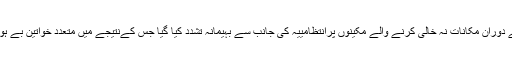
آپریشن کے دوران مکانات نہ خالی کرنے والے مکینوں پرانتظامییہ کی جانب سے بہیمانہ تشدد کیا گیا جس کےنتیجے میں متعدد خواتین بے ہوش ہوگئیں۔